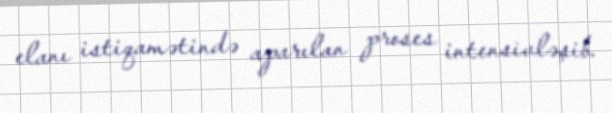
elanı istiqamətində aparılan proses intensivləşib.